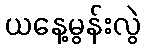
ယနေ့မွန်းလွဲ